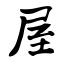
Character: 屋